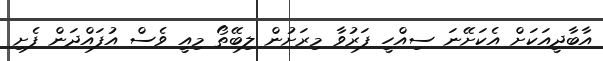
އާބާދީއަކަށް އެކަށޭނަ ސިއްހީ ފަރުވާ މިރަށުން ލިބޭތޯ މިއީ ވެސް އުފައްދަން ފެށި